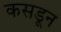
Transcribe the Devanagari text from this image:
कसडून